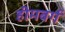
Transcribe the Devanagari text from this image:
हीमबर्ग